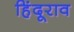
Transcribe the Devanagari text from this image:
हिंदूराव